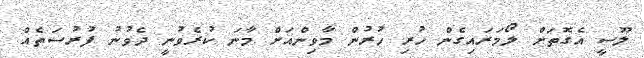
ލޫސީ އެގޮތަށް ލޯމަރައިގެން ހުރި ހުރުން މާވިންއަށް މާނަ ކުރެވުނީ ދެވުނު ފުރުސަތެއް